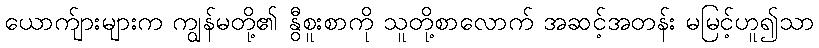
ယောက်ျားများက ကျွန်မတို့၏ နွီစူးစာကို သူတို့စာလောက် အဆင့်အတန်း မမြင့်ဟူ၍သာ